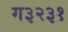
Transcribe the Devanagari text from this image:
ग३२३१